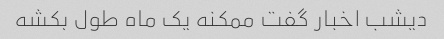
دیشب اخبار گفت ممکنه یک ماه طول بکشه